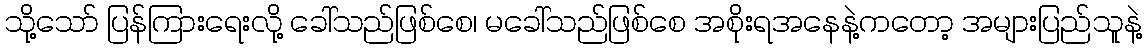
သို့သော် ပြန်ကြားရေးလို့ ခေါ်သည်ဖြစ်စေ၊ မခေါ်သည်ဖြစ်စေ အစိုးရအနေနဲ့ကတော့ အများပြည်သူနဲ့